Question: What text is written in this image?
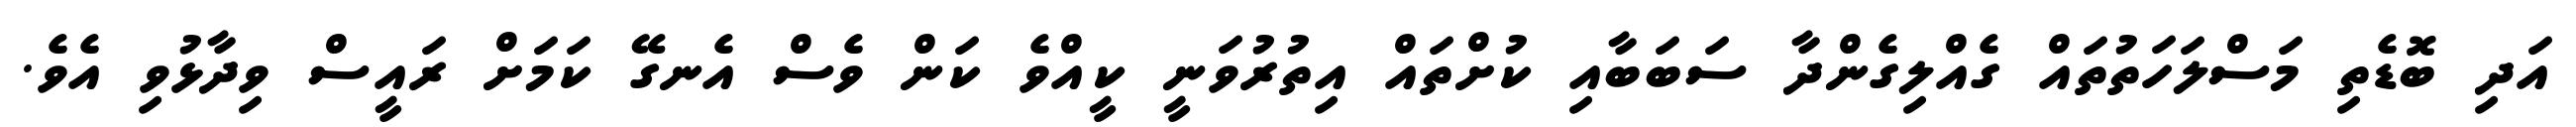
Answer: އަދި ބޮޑެތި މަސްލަހަތުތައް ގެއްލިގެންދާ ސަބަބާއި ކުށްތައް އިތުރުވަނީ ކީއްވެ ކަން ވެސް އެނގޭ ކަމަށް ރައީސް ވިދާޅުވި އެވެ.